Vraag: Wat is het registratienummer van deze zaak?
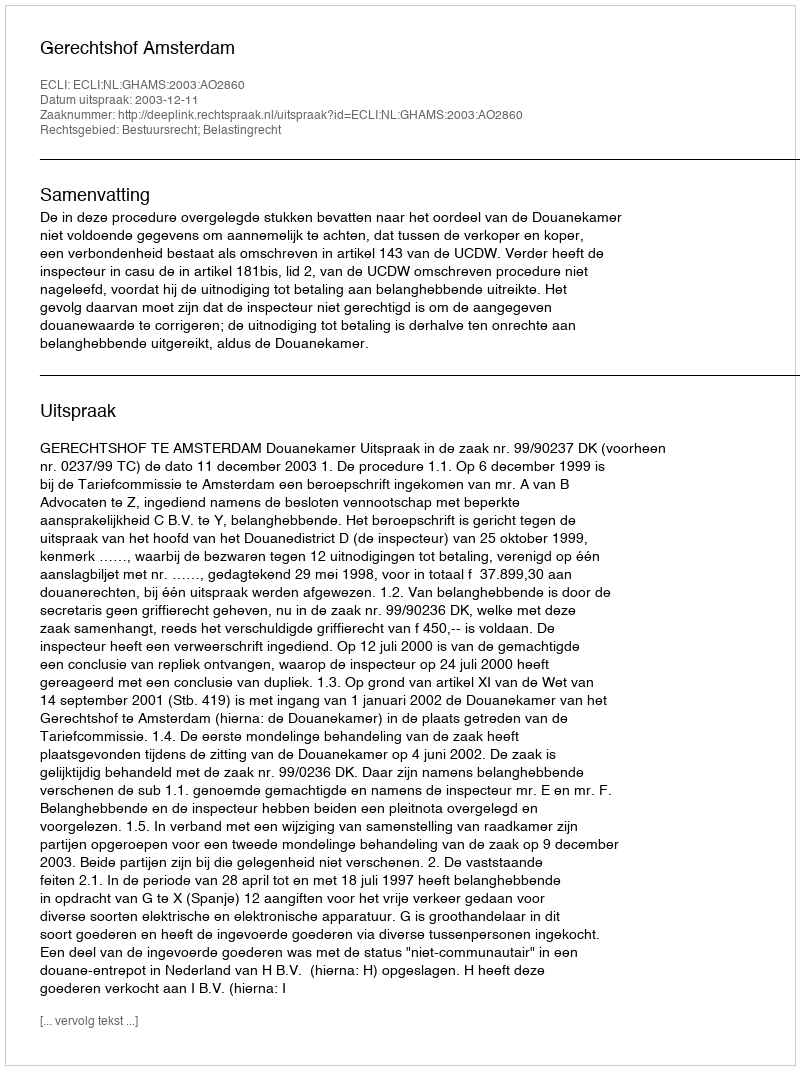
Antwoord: http://deeplink.rechtspraak.nl/uitspraak?id=ECLI:NL:GHAMS:2003:AO2860